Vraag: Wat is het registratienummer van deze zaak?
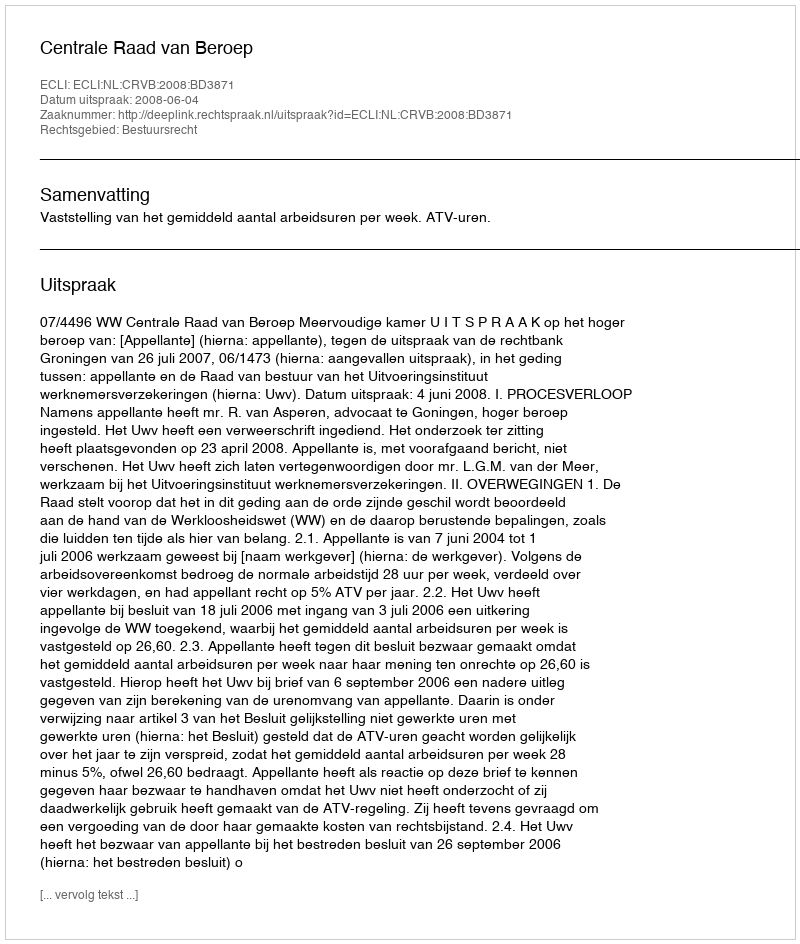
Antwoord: http://deeplink.rechtspraak.nl/uitspraak?id=ECLI:NL:CRVB:2008:BD3871